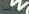
ساشا